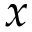
x